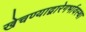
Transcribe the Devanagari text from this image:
खेचण्याद्वारेगर्भावस्था